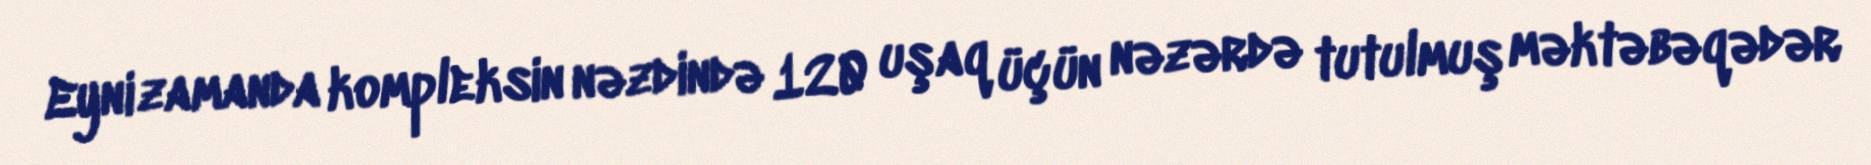
Eyni zamanda kompleksin nəzdində 120 uşaq üçün nəzərdə tutulmuş məktəbəqədər